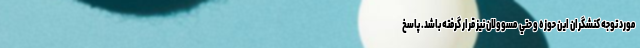
مورد توجه كنشگران اين حوزه و حتي مسوولان نيز قرار گرفته باشد. پاسخ